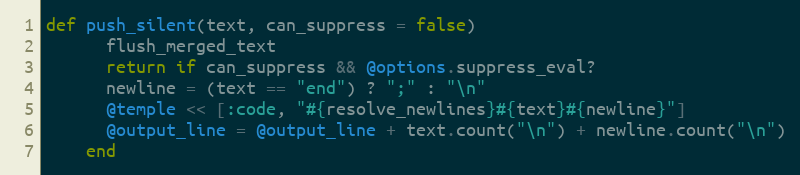
Language: Ruby
def push_silent(text, can_suppress = false)
      flush_merged_text
      return if can_suppress && @options.suppress_eval?
      newline = (text == "end") ? ";" : "\n"
      @temple << [:code, "#{resolve_newlines}#{text}#{newline}"]
      @output_line = @output_line + text.count("\n") + newline.count("\n")
    end